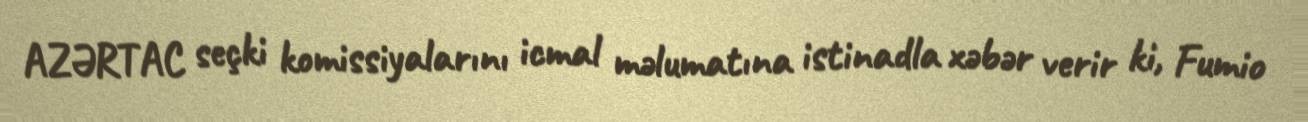
AZƏRTAC seçki komissiyalarını icmal məlumatına istinadla xəbər verir ki, Fumio